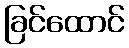
ခြင်ထောင်